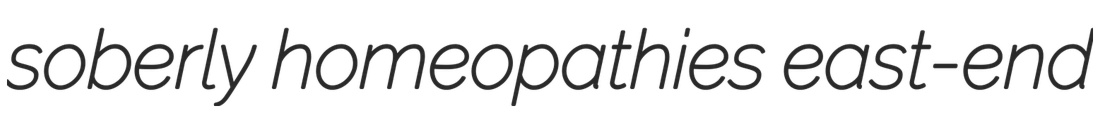
soberly homeopathies east-end